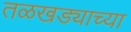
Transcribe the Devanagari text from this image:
तळखड्याच्या